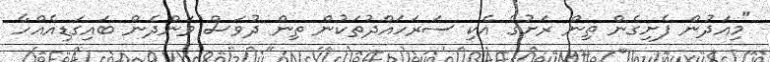
"މިއަދުން ފެށިގެން ތިން ރަށުގެ އެކި ސަރަހައްދުތަކުން ތިން ދުވަސް ވަންދެން ބައިގަޑިއެއްހާ